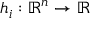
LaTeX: h _ { i } : \mathbb { R } ^ { n } \to \mathbb { R }